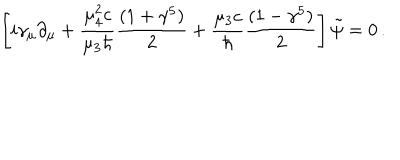
\left[ i \gamma _ { \mu } \partial _ { \mu } + { \frac { \mu _ { 4 } ^ { 2 } c } { \mu _ { 3 } \hbar } } { \frac { ( 1 + \gamma ^ { 5 } ) } { 2 } } + { \frac { \mu _ { 3 } c } { \hbar } } { \frac { ( 1 - \gamma ^ { 5 } ) } { 2 } } \right] \tilde { \psi } = 0 \, .